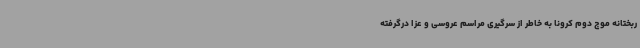
ربختانه موج دوم کرونا به خاطر از سرگیری مراسم عروسی و عزا درگرفته